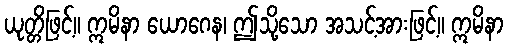
ယုတ္တိဖြင့်။ ဣမိနာ ယောဂေန၊ ဤသို့သော အသင့်အားဖြင့်။ ဣမိနာ